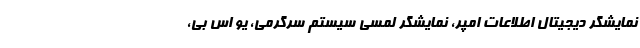
نمایشگر دیجیتال اطلاعات امپر، نمایشگر لمسی سیستم سرگرمی، یو اس بی،